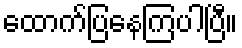
ထောက်ပြနေကြပါပြီ။